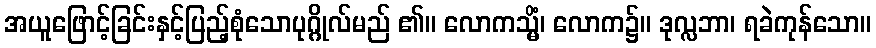
အယူဖြောင့်ခြင်းနှင့်ပြည့်စုံသောပုဂ္ဂိုလ်မည် ၏။ လောကသ္မိံ၊ လောက၌။ ဒုလ္လဘာ၊ ရခဲကုန်သော။